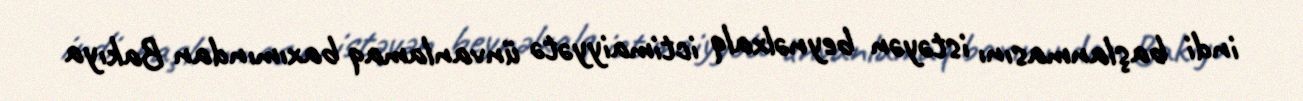
indi başlanmasını istəyən beynəlxalq ictimaiyyətə ünvanlamaq baxımından Bakıya